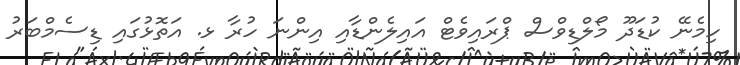
ހިމެނޭ ކުޑަދޫ މޯލްޑިވްސް ޕްރައިވެޓް އައިލެންޑާއި އިންނަ ހުރާ ޅ. އަތޮޅުގައި ޑިސެމްބަރު